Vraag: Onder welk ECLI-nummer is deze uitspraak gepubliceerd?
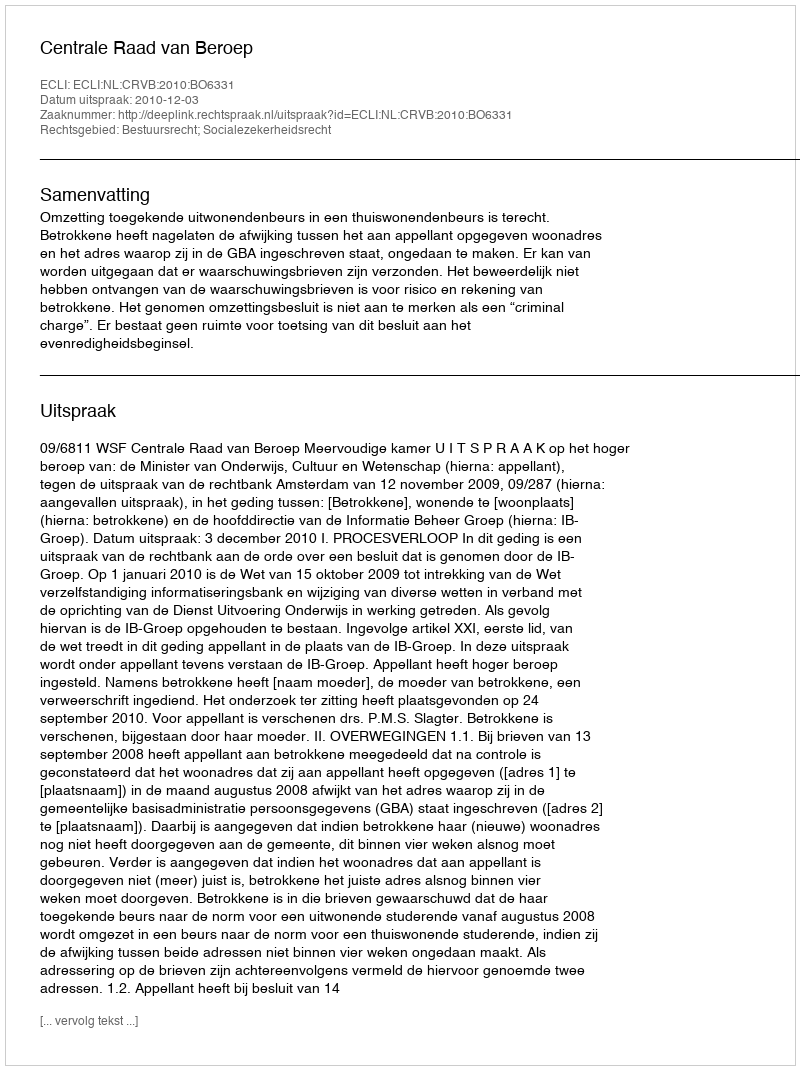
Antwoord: ECLI:NL:CRVB:2010:BO6331